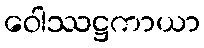
ဝေါဿဋ္ဌကာယာ